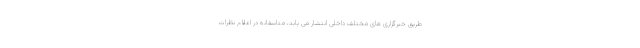
طریق خبرگزاری های مختلف داخلی انتشار می یابد، متاسفانه در اعلام نظرات